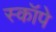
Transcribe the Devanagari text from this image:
स्कॉपे